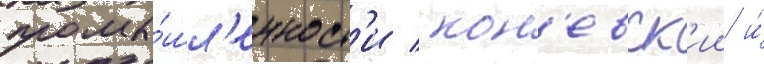
промы́шл'енност'и / кон'евск'ии и́